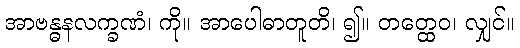
အာဗန္ဓနလက္ခဏံ၊ ကို။ အာပေါဓာတူတိ၊ ၍။ တတ္ထေဝ၊ လျှင်။